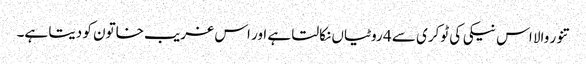
تنور والا اس نیکی کی ٹوکری سے 4 روٹیاں نکالتا ہے اور اس غریب خاتون کو دیتا ہے۔